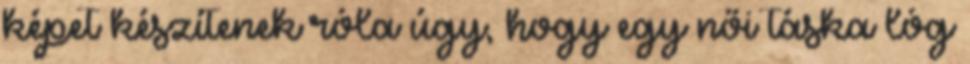
képet készítenek róla úgy, hogy egy női táska lóg